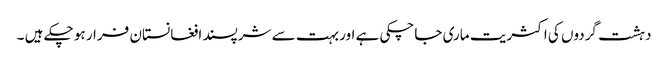
دہشت گردوں کی اکثریت ماری جاچکی ہے اور بہت سے شرپسند افغانستان فرار ہو چکے ہیں ۔